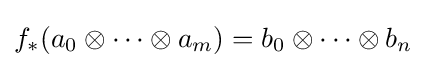
f_{*}(a_{0}\otimes \cdots \otimes a_{m})=b_{0}\otimes \cdots \otimes b_{n}